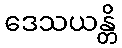
ဒေသယန္တိ